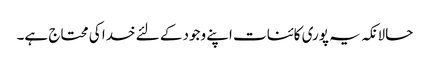
حالانکہ یہ پوری کائنات اپنے وجود کے لئے خدا کی محتاج ہے۔